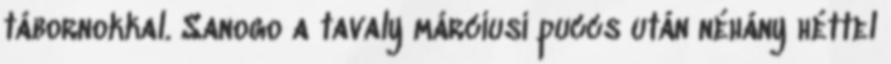
tábornokkal. Sanogo a tavaly márciusi puccs után néhány héttel